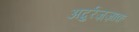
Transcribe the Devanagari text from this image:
अब्दुर्रज़्ज़ाक़